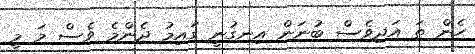
ހެން ތަ އަދިވެސް ބުނަން އިނގުނީ ގައިމު ދެންމެ ވެސް މަ މީ